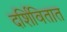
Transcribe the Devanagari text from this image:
दर्शिवितात